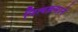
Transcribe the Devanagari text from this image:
नित्यक्रमाने